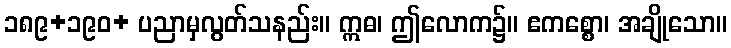
၁၈၉+၁၉၀+ ပညာမှလွတ်သနည်း။ ဣဓ၊ ဤလောက၌။ ဧကစ္စော၊ အချိုသော။